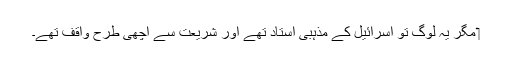
‏ مگر یہ لوگ تو اِسرائیل کے مذہبی اُستاد تھے اور شریعت سے اچھی طرح واقف تھے۔